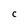
Character: C